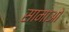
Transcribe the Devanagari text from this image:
सामाओ